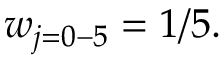
w _ { j = 0 - 5 } = 1 / 5 .